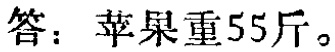
答：苹果重55斤。